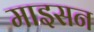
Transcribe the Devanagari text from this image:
माइसन